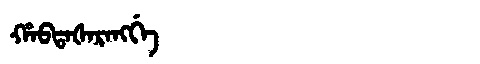
Manchu: ᡥᠠᠪᡨᠠᡧᠠᡵᠠᠩᡤᡝ
Romanization: HABTAŠARANGGE